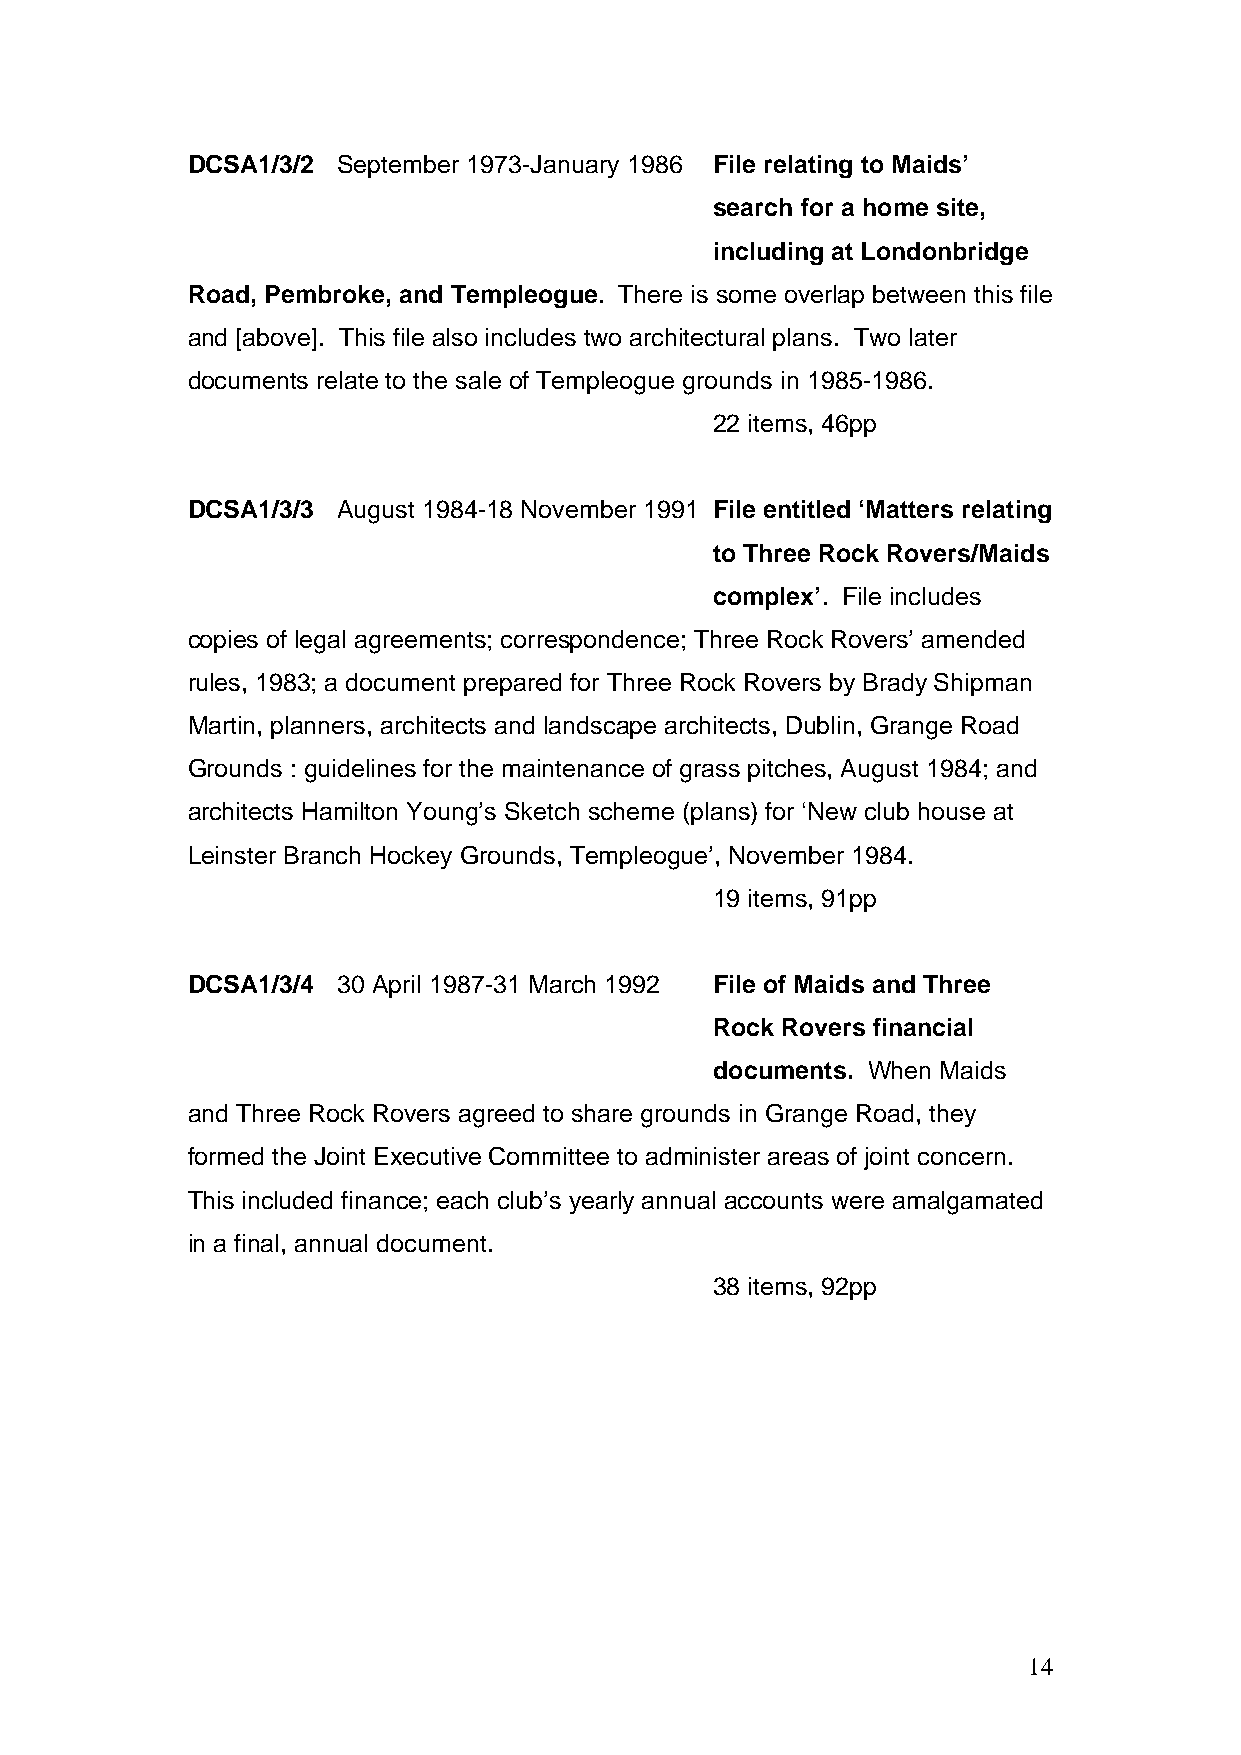
DCSA1/3/2 September 1973-January 1986 File relating to Maids’
 search for a home site,
 including at Londonbridge
 Road, Pembroke, and Templeogue. There is some overlap between this file
 and [above]. This file also includes two architectural plans. Two later
 documents relate to the sale of Templeogue grounds in 1985-1986.
 22 items, 46pp
 DCSA1/3/3 August 1984-18 November 1991 File entitled ‘Matters relating
 to Three Rock Rovers/Maids
 complex’. File includes
 copies of legal agreements; correspondence; Three Rock Rovers’ amended
 rules, 1983; a document prepared for Three Rock Rovers by Brady Shipman
 Martin, planners, architects and landscape architects, Dublin, Grange Road
 Grounds : guidelines for the maintenance of grass pitches, August 1984; and
 architects Hamilton Young’s Sketch scheme (plans) for ‘New club house at
 Leinster Branch Hockey Grounds, Templeogue’, November 1984.
 19 items, 91pp
 DCSA1/3/4 30 April 1987-31 March 1992 File of Maids and Three
 Rock Rovers financial
 documents. When Maids
 and Three Rock Rovers agreed to share grounds in Grange Road, they
 formed the Joint Executive Committee to administer areas of joint concern.
 This included finance; each club’s yearly annual accounts were amalgamated
 in a final, annual document.
 38 items, 92pp
 14